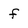
Character: f